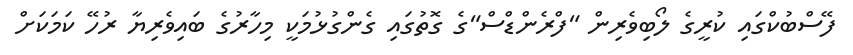
ފޭސްބުކްގައި ކުރީގެ ލޯބިވެރިން "ފްރެންޑްސް"ގެ ގޮތުގައި ގެންގުޅުމަކީ މިހާރުގެ ބައިވެރިޔާ ރުހޭ ކަމަކަށް